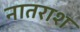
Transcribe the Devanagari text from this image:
नातराश